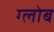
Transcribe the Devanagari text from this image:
ग्‍लोब